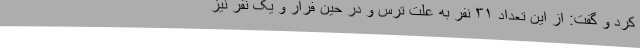
کرد و گفت: از این تعداد ۳۱ نفر به علت ترس و در حین فرار و یک نفر نیز